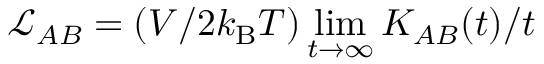
\mathcal { L } _ { A B } = ( V / 2 k _ { \mathrm { B } } T ) \operatorname* { l i m } _ { t \to \infty } K _ { A B } ( t ) / t